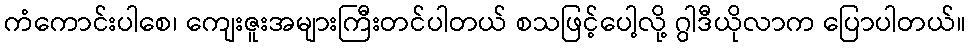
ကံကောင်းပါစေ၊ ကျေးဇူးအများကြီးတင်ပါတယ် စသဖြင့်ပေါ့လို့ ဂွါဒီယိုလာက ပြောပါတယ်။